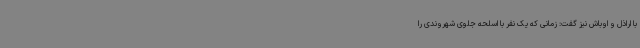
با اراذل و اوباش نیز گفت: زمانی که یک نفر با اسلحه جلوی شهروندی را